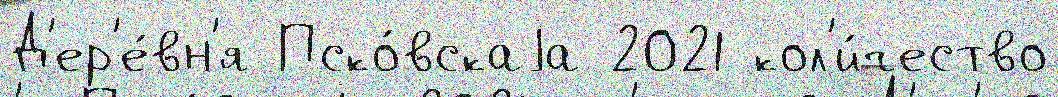
Д'ер'е́вн'я Пско́вскаjа 2021 кол'и́чество